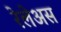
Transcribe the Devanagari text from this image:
रेलेअस